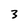
Character: 3